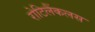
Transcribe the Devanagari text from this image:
रोटिलैंकलस